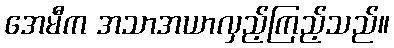
အေမီက အသာအယာလှည့်ကြည့်သည်။